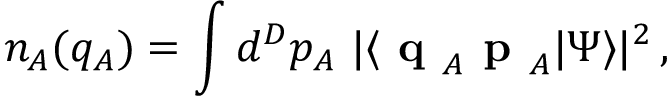
n _ { A } ( q _ { A } ) = \int d ^ { D } p _ { A } \ | \langle \textbf { q } _ { A } \textbf { p } _ { A } | \Psi \rangle | ^ { 2 } \, ,